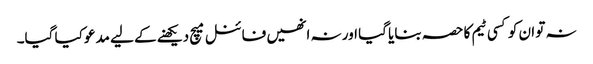
نہ تو ان کو کسی ٹیم کا حصہ بنایا گیا اور نہ انھیں فائنل میچ دیکھنے کے لیے مدعو کیا گیا۔